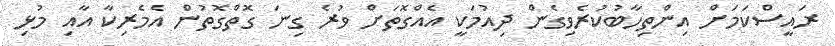
ރައީސްކަމަށް އިންތިހާބުކުރެވިގެން ދިއުމަކީ އެއްގޮތަށް ވުރެ ގިނަ ގޮތްގޮތުން އެމެރިކާ އާއި މުޅި